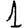
Digit: 1